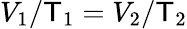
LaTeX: V_{1}/\mathsf{T}_{1}=V_{2}/\mathsf{T}_{2}